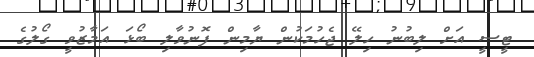
ޓީސީ އަށް ލިބުނު ހިލޭ ޖެހުމަކުން ޔާމިން ފޮނުވާލި ބޯޅަ އަމާޒުވީ ގޯލުގެ